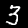
Digit: 3